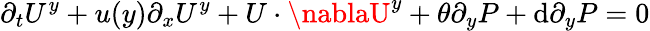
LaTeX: \partial_{t}U^{y}+u(y)\partial_{x}U^{y}+U\cdot\nablaU^{y}+\theta\partial_{y}P+\mathrm{d}\partial_{y}P=0